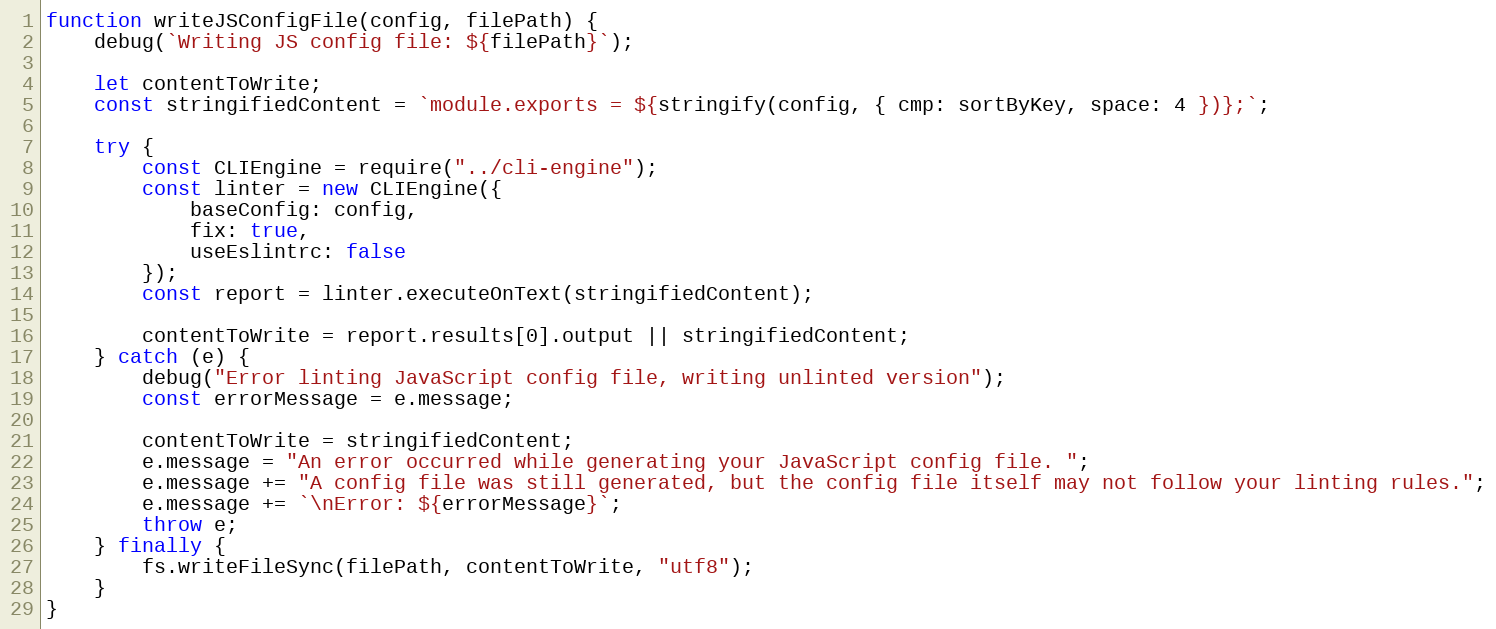
Language: JavaScript
function writeJSConfigFile(config, filePath) {
    debug(`Writing JS config file: ${filePath}`);

    let contentToWrite;
    const stringifiedContent = `module.exports = ${stringify(config, { cmp: sortByKey, space: 4 })};`;

    try {
        const CLIEngine = require("../cli-engine");
        const linter = new CLIEngine({
            baseConfig: config,
            fix: true,
            useEslintrc: false
        });
        const report = linter.executeOnText(stringifiedContent);

        contentToWrite = report.results[0].output || stringifiedContent;
    } catch (e) {
        debug("Error linting JavaScript config file, writing unlinted version");
        const errorMessage = e.message;

        contentToWrite = stringifiedContent;
        e.message = "An error occurred while generating your JavaScript config file. ";
        e.message += "A config file was still generated, but the config file itself may not follow your linting rules.";
        e.message += `\nError: ${errorMessage}`;
        throw e;
    } finally {
        fs.writeFileSync(filePath, contentToWrite, "utf8");
    }
}